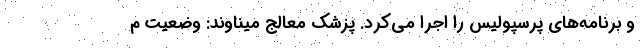
و برنامه‌های پرسپولیس را اجرا می‌کرد. پزشک معالج میناوند: وضعیت م